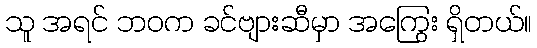
သူ အရင် ဘဝက ခင်ဗျားဆီမှာ အကြွေး ရှိတယ်။